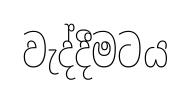
වැද්දීමටය